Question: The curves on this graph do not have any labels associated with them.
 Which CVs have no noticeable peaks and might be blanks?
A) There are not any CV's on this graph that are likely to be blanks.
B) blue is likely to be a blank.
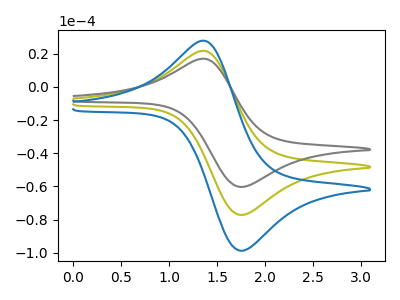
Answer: <think>The olive curve "olive" has an anodic peak at (1.40V, 21.70uA) and a cathodic peak at (1.75V, -77.15uA). The gray curve "gray" has an anodic peak at (1.40V, 43.35uA) and a cathodic peak at (1.75V, -154.35uA). The blue curve "blue" has an anodic peak at (1.40V, 27.75uA) and a cathodic peak at (1.75V, -98.75uA).</think>
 <answer>A) There are not any CV's on this graph that are likely to be blanks.</answer>
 <eval>A</eval>